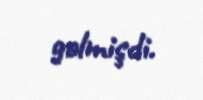
gəlmişdi.